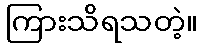
ကြားသိရသတဲ့။